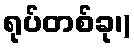
ရုပ်တစ်ခု၊)